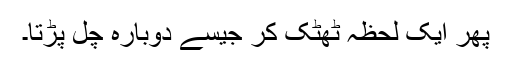
پھر ایک لحظہ ٹھٹک کر جیسے دوبارہ چل پڑتا۔